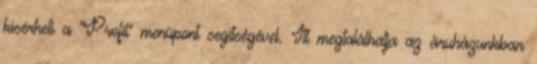
kísérheti a "Profil" menüpont segítségével. Itt megtalálhatja az áruházunkban